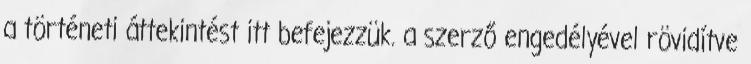
a történeti áttekintést itt befejezzük. a szerző engedélyével rövidítve